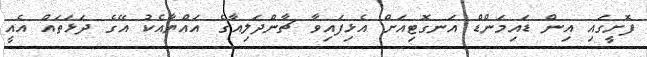
ފޮށީގައި އިން ޑައިމަންޑް އަނގޮޓިއަށް އެޅިފައިވާ ޗާންދަލިއާގެ އައްޔާއެކު އޭގެ ދަޅަތައް އެއީ